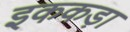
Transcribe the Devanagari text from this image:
इककड़ा